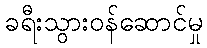
ခရီးသွားဝန်ဆောင်မှု